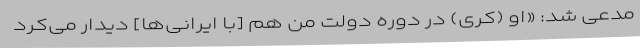
مدعی شد: «او (کری) در دوره دولت من هم [با ایرانی‌ها] دیدار می‌کرد